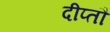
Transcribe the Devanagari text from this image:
दीप्तौ